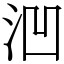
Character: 𪵲